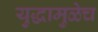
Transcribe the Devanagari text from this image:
युद्धामुळेच